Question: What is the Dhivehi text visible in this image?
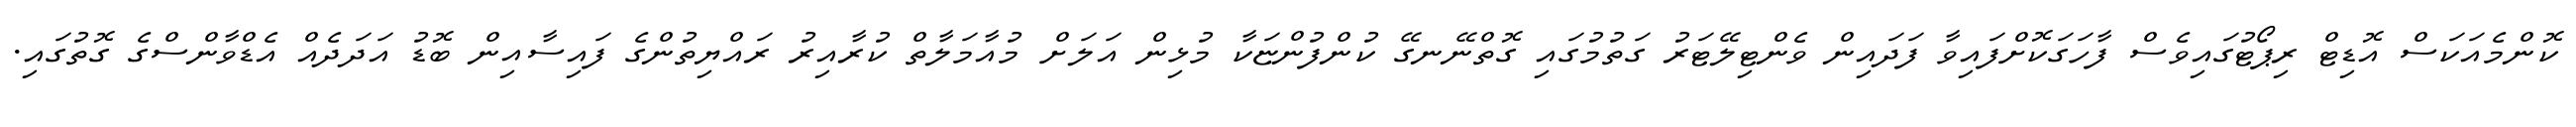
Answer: ކޮންމެއަކަސް އޮޑިޓް ރިޕޯޓުގައިވެސް ފާހަގަކޮށްފައިވާ ފަދައިން ވެންޓިލޭޓަރު ގަތުމުގައި ގޮތްނޭނގޭ ކުންފުންޏަކާ މުޅިން އަލަށް މުއާމަލާތް ކުރާއިރު ރައްޔިތުންގެ ފައިސާއިން ބޮޑު އަދަދެއް އެޑްވާންސްގެ ގޮތުގައި.